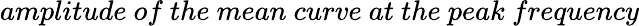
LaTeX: amplitude\ of\ the\ mean\ curve\ at\ the\ peak\ frequency